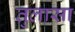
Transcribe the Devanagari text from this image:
तुलासा